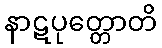
နာဋပုတ္တောတိ